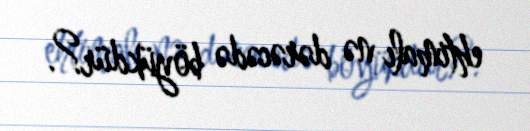
ehtimalı nə dərəcədə böyükdür?.